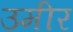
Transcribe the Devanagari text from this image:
उमीर